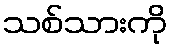
သစ်သားကို